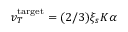
v _ { T } ^ { \mathrm { t a r g e t } } = ( 2 / 3 ) \xi _ { s } K \alpha